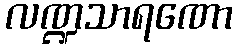
လဏ္ဍသာရဏော